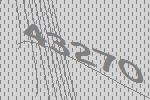
43270